Leprosy in India: report of the Leprosy Commission in India, 1890-91
Year: 1890
Disease focus: Leprosy
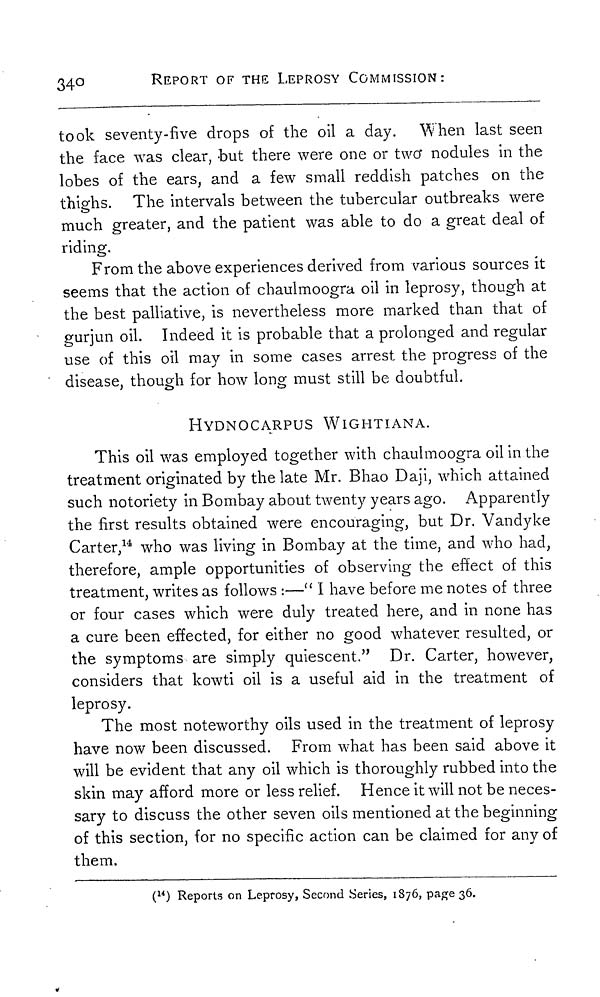
340
REPORT OF THE LEPROSY COMMISSION:
took seventy-five drops of the oil a day. When last seen
the face was clear, but there were one or two nodules in the
lobes of the ears, and a few small reddish patches on the
thighs. The intervals between the tubercular outbreaks were
much greater, and the patient was able to do a great deal of
riding.
From the above experiences derived from various sources it
seems that the action of chaulmoogra oil in leprosy, though at
the best palliative, is nevertheless more marked than that of
gurjun oil. Indeed it is probable that a prolonged and regular
use of this oil may in some cases arrest the progress of the
disease, though for how long must still be doubtful.
HYDNOCARPUS WIGHTIANA.
This oil was employed together with chaulmoogra oil in the
treatment originated by the late Mr. Bhao Daji, which attained
such notoriety in Bombay about twenty years ago. Apparently
the first results obtained were encouraging, but Dr. Vandyke
Carter, 14 who was living in Bombay at the time, and who had,
therefore, ample opportunities of observing the effect of this
treatment, writes as follows :—" I have before me notes of three
or four cases which were duly treated here, and in none has
a cure been effected, for either no good whatever resulted, or
the symptoms are simply quiescent." Dr. Carter, however,
considers that kowti oil is a useful aid in the treatment of
leprosy.
The most noteworthy oils used in the treatment of leprosy
have now been discussed. From what has been said above it
will be evident that any oil which is thoroughly rubbed into the
skin may afford more or less relief. Hence it will not be neces-
sary to discuss the other seven oils mentioned at the beginning
of this section, for no specific action can be claimed for any of
them.
( 14 ) Reports on Leprosy, Second Series, 1876, page 36.